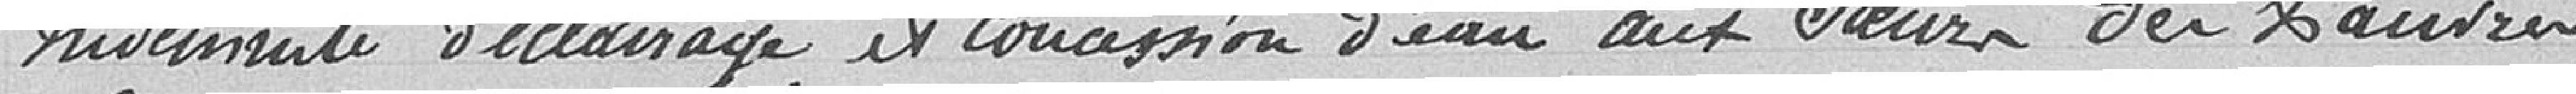
Indemnité d'éclairage et concession d'eau aux sœurs des pauvres